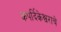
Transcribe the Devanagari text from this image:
कपर्दिकेश्वराचे